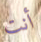
أنت